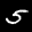
Label: 5